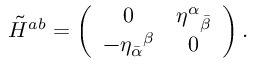
\tilde { H } ^ { a b } = \left( \begin{array} { c c } { { 0 } } & { { { \eta ^ { \alpha } } _ { \bar { \beta } } } } \\ { { - { \eta _ { \bar { \alpha } } } ^ { \beta } } } & { { 0 } } \end{array} \right) .